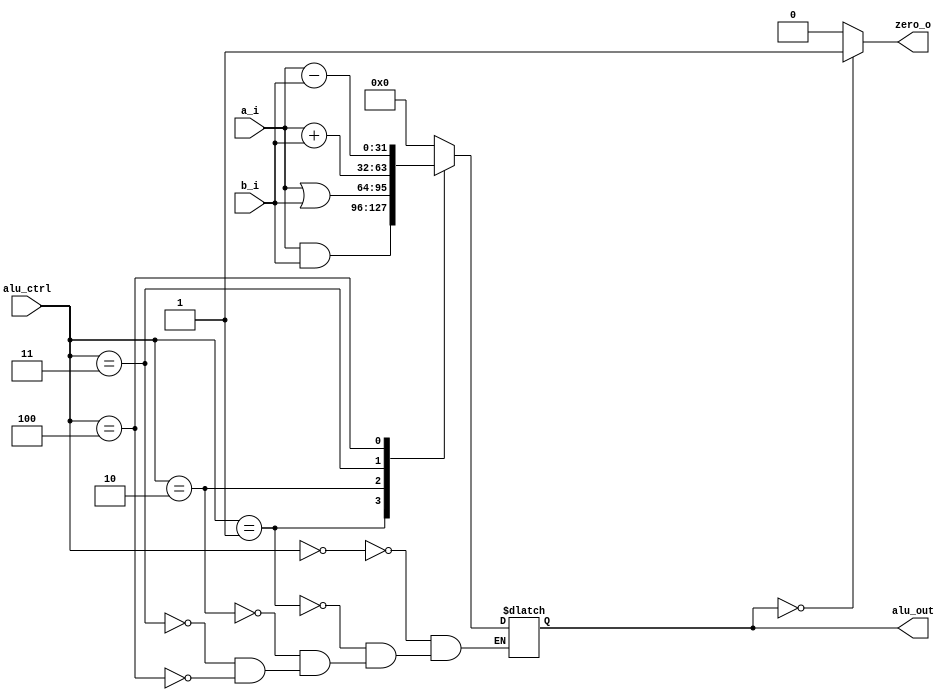
module ALU (
	input [31:0]		a_i, b_i,
	input [2:0]			alu_ctrl,

	output				zero_o,
	output reg [31:0]	alu_out
);

always@(*) begin
	#50
	case(alu_ctrl)
		4'b000: alu_out = 33'b0; //no_op
		4'b001: alu_out = a_i & b_i; //AND
		4'b010: alu_out = a_i | b_i; //OR
		4'b011: alu_out = a_i + b_i; //add
		4'b100: alu_out = a_i - b_i; //sub
	endcase
end

assign zero_o = (alu_out == 32'b0)? 1'b1:1'b0;



endmodule